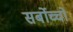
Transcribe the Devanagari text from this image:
सर्बोच्चो